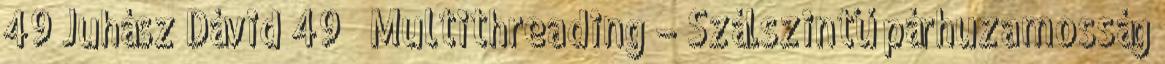
49 Juhász Dávid 49 Multithreading – Szálszintű párhuzamosság